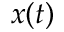
x ( t )